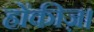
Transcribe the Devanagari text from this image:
होंकीज़।